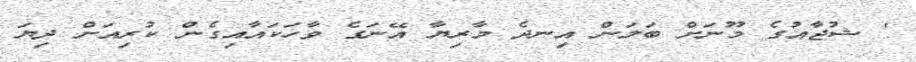
' ޝުޖާއުގެ މޫނަށް ބަލަން އިނދެ މާރިޔާ އޭނަގެ ވާހަކައާއިގެން ކުރިއަށް ދިޔަ